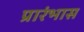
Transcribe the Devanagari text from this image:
प्रारंभास